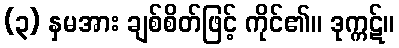
(၃) နှမအား ချစ်စိတ်ဖြင့် ကိုင်၏။ ဒုက္ကဋ်။